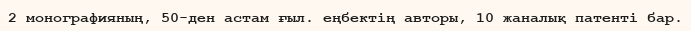
2 монографияның, 50-ден астам ғыл. еңбектің авторы, 10 жаналық патенті бар.